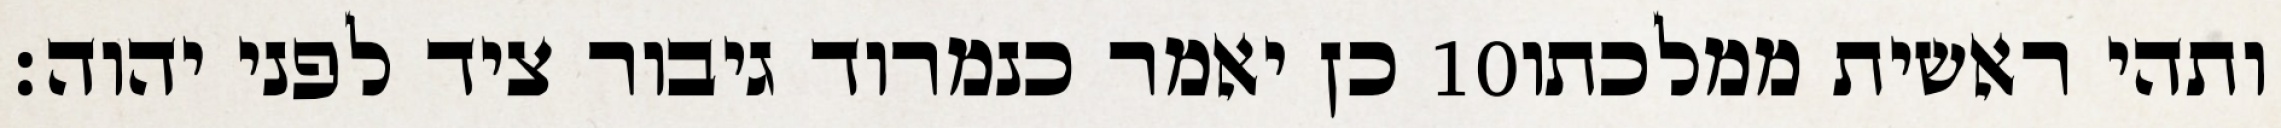
כן יאמר כנמרוד גיבור ציד לפני יהוה׃ ‎10‏ ותהי ראשית ממלכתו